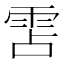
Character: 𮦌